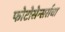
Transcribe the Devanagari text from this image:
फोटोसेन्सर्सचा